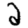
Digit: 2